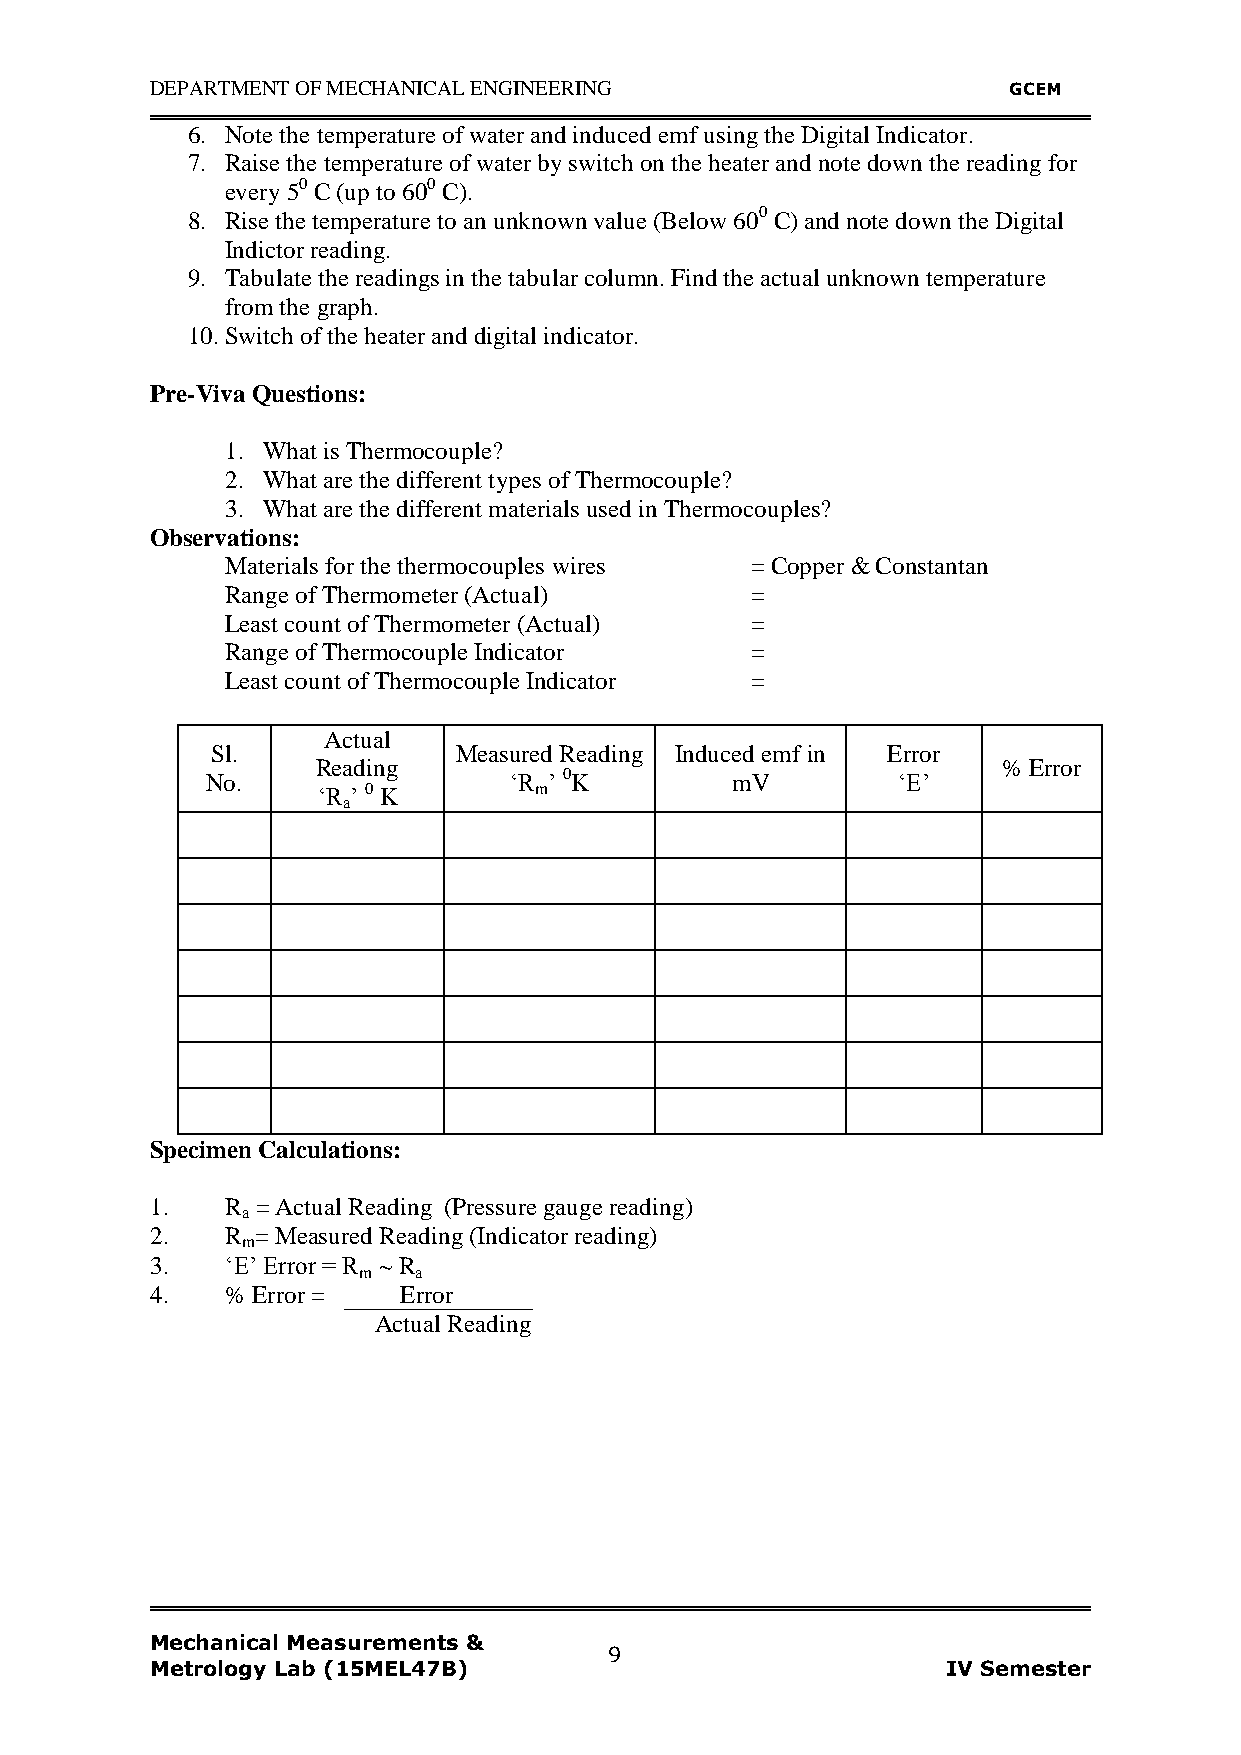
DEPARTMENT OF MECHANICAL ENGINEERING                     GCEM
 6. Note the temperature of water and induced emf using the Digital Indicator.
 7. Raise the temperature of water by switch on the heater and note down the reading for
 every 50 C (up to 600 C).
 8. Rise the temperature to an unknown value (Below 600 C) and note down the Digital
 Indictor reading.
 9. Tabulate the readings in the tabular column. Find the actual unknown temperature
 from the graph.
 10. Switch of the heater and digital indicator.
 Pre-Viva Questions:
 1. What is Thermocouple?
 2. What are the different types of Thermocouple?
 3. What are the different materials used in Thermocouples?
 Observations:
 Materials for the thermocouples wires = Copper & Constantan
 Range of Thermometer (Actual)      =
 Least count of Thermometer (Actual) =
 Range of Thermocouple Indicator    =
 Least count of Thermocouple Indicator =
 Actual
 Sl.             Measured Reading Induced emf in Error
 Reading                                      % Error
 No.                 „R ‟ 0K       mV         „E‟
 „R ‟ 0 K      m
 a
 Specimen Calculations:
 1.   R = Actual Reading (Pressure gauge reading)
 a
 2.   R = Measured Reading (Indicator reading)
 m
 3.   „E‟ Error = R  R
 m  a
 4.   % Error =  Error
 Actual Reading
 Mechanical Measurements &
 9
 Metrology Lab (15MEL47B)                             IV Semester